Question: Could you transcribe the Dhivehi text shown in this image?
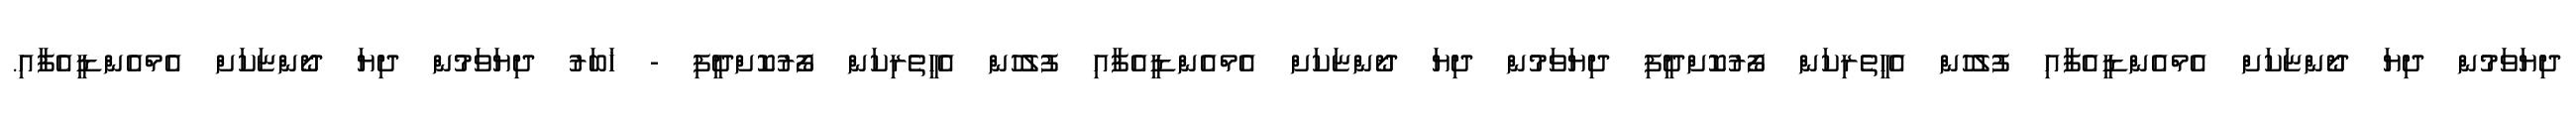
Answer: ދިޔަވަމުން ދިޔަ ދޯންޏަކަށް އެމްއެންޑީއެފާއި ފުލުހުން އެހީތެރިކަން ފޯރުކޮށްދީފި ދިޔަވަމުން ދިޔަ ދޯންޏަކަށް އެމްއެންޑީއެފާއި ފުލުހުން އެހީތެރިކަން ފޯރުކޮށްދީފި - ޚަބަރު ދިޔަވަމުން ދިޔަ ދޯންޏަކަށް އެމްއެންޑީއެފާއި.